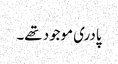
پادری موجود تھے۔